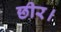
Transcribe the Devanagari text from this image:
छीर।